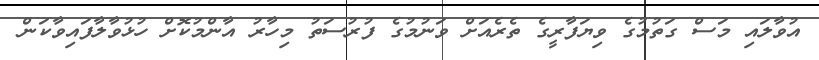
އުވާލައި މަސް ގަތުމުގެ ވިޔަފާރީގެ ތެރެއަށް ވަނުމުގެ ފުރުސަތު މިހާރު އާންމުކޮށް ހުޅުވާލާފައިވާކަން